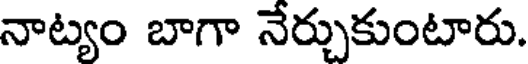
నాట్యం బాగా నేర్చుకుంటారు.